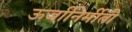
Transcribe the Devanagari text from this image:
ऊर्जानिर्मीती